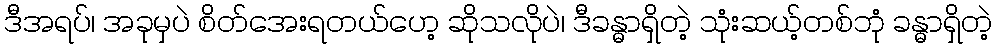
ဒီအရပ်၊ အခုမှပဲ စိတ်အေးရတယ်ဟေ့ ဆိုသလိုပဲ၊ ဒီခန္ဓာရှိတဲ့ သုံးဆယ့်တစ်ဘုံ ခန္ဓာရှိတဲ့